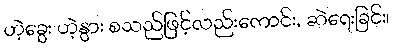
ဟဲ့ခွေး ဟဲ့နွား စသည်ဖြင့်လည်းကောင်း, ဆဲရေးခြင်း၊